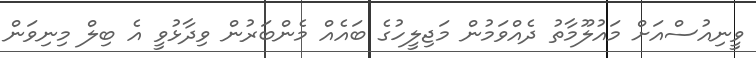
ވީނިއުސްއަށް މައުލޫމާތު ދެއްވަމުން މަޖިލީހުގެ ބައެއް މެންބަރުން ވިދާޅުވީ އެ ބިލް މިނިވަން